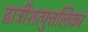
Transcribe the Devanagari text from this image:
द्वात्रींशत्पुत्तलिका